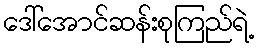
ဒေါ်အောင်ဆန်းစုကြည်ရဲ့